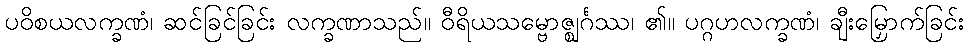
ပဝိစယလက္ခဏံ၊ ဆင်ခြင်ခြင်း လက္ခဏာသည်။ ဝီရိယသမ္ဗောဇ္ဈင်္ဂဿ၊ ၏။ ပဂ္ဂဟလက္ခဏံ၊ ချီးမြှောက်ခြင်း